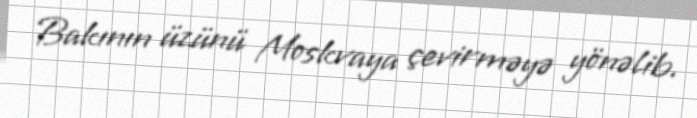
Bakının üzünü Moskvaya çevirməyə yönəlib.